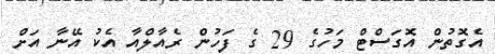
އެގޮތުން އޮގަސްޓް މަހުގެ 29 ގެ ފަހުން ރެއާލްއާ އެކު އޭނާ އަށް